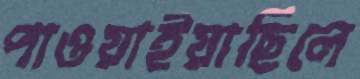
পাওয়াইয়াছিলে